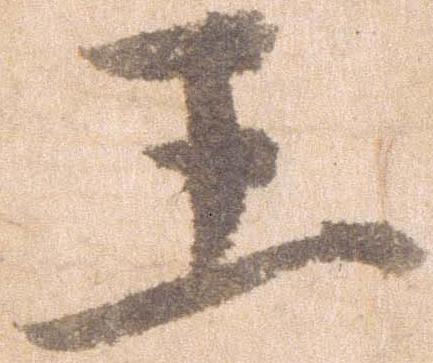
王